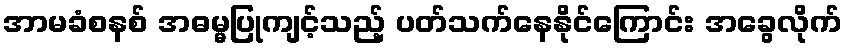
အာမခံစနစ် အဓမ္မပြုကျင့်သည့် ပတ်သက်နေနိုင်ကြောင်း အခွေလိုက်